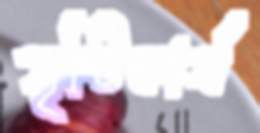
সৃষ্টিকার্য